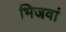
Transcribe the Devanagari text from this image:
भिजवां